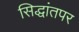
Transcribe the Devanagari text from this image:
सिद्धांतपर